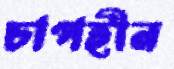
চাপহীন